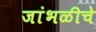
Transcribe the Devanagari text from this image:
जांभळीचे